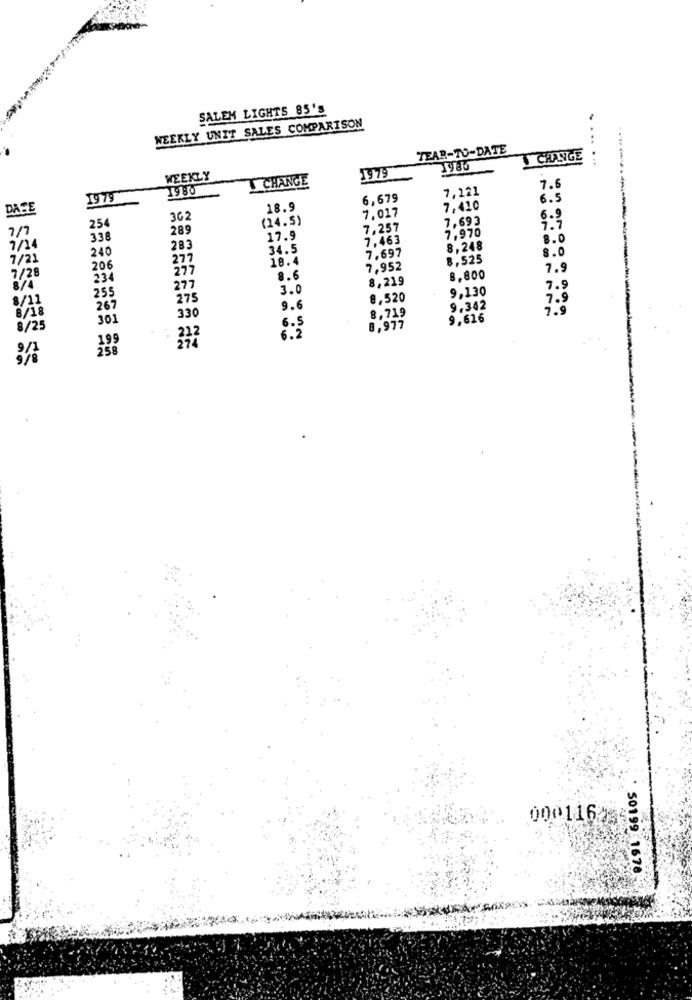
SALEM LIGHTS 85'S
WEEKLY UNIT SALES COMPARISON
TEAR-TO-DATE
CHANGE
1979
......
WEEKLY
CHANGE
19 80
7,121
7.6
1979
6,679
6.5
DASE
18.9
7.017
7,410
362
(14.5)
7.693
7/7
254
289
7,257
7,970
338
17.9
7,463
8.0
1/14
240
283
34.5
7.697
8,248
8.0
7/21
277
18.4
8,525
7/28
206
277
7,952
7.9
234
8.6
8,219
8,800
8/4
255
277
3.0
9,130
7.5
8/11
275
8,520
7.9
8/18
267
330
9.6
8,719
9.342
7.9
301
6.5
9.616
8/25
6.2
8,977
199
238
00011623
50199 1678